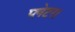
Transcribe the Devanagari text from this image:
प्लेटर।